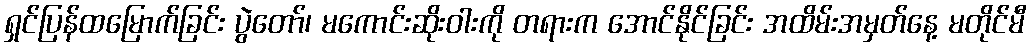
ရှင်ပြန်ထမြောက်ခြင်း ပွဲတော်၊ မကောင်းဆိုးဝါးကို တရားက အောင်နိုင်ခြင်း အထိမ်းအမှတ်နေ့ မတိုင်မီ